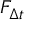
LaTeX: F _ { \Delta t }